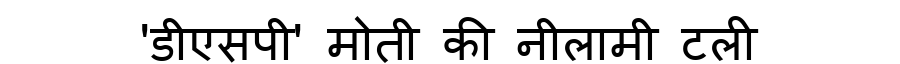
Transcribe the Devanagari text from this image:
'डीएसपी' मोती की नीलामी टली